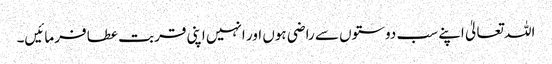
اللہ تعالیٰ اپنے سب دوستوں سے راضی ہوں اور انہیں اپنی قربت عطا فرمائیں۔